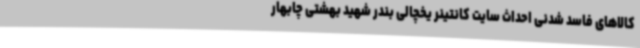
کالاهای فاسد شدنی احداث سایت کانتینر یخچالی بندر شهید بهشتی چابهار